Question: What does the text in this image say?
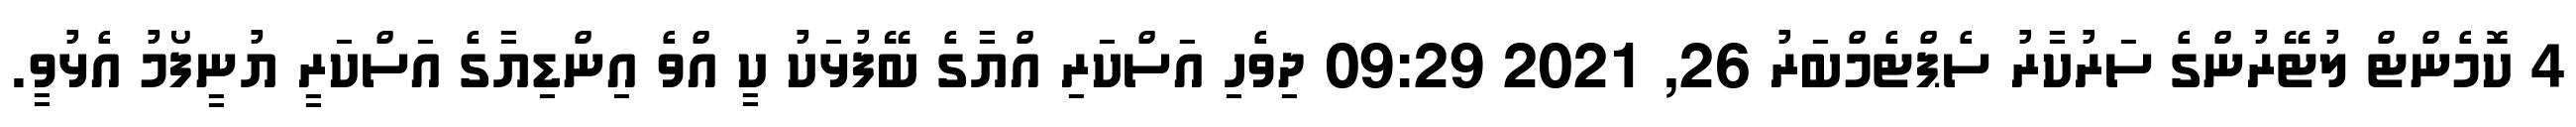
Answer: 4 ކޮމެންޓް ލުޓޭރުންގެ ސަރުކާރު ސެޕްޓެމްބަރު 26, 2021 09:29 ދިވެހި އަސްކަރި އްޔާގެ ބޭފުޅަކު ކީ އްވެ އިންޑިޔާގެ އަސްކަރީ ޔުނީފޯމު އެޅުވީ.